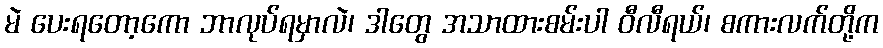
မဲ ပေးရတော့ကော ဘာလုပ်ရမှာလဲ၊ ဒါတွေ အသာထားစမ်းပါ ဝီလီရယ်၊ စကားလက်တို့က